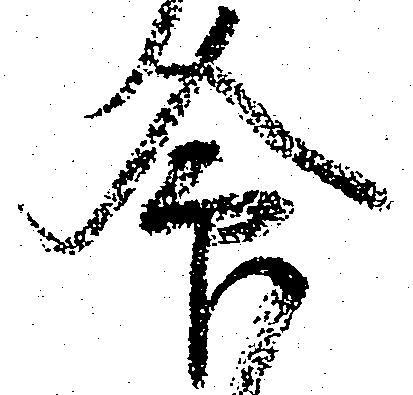
命